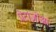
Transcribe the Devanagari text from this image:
प्रोटाज़ोआ